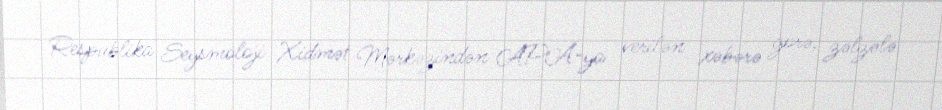
Respublika Seysmoloji Xidmət Mərkəzindən APA-ya verilən xəbərə görə, zəlzələ